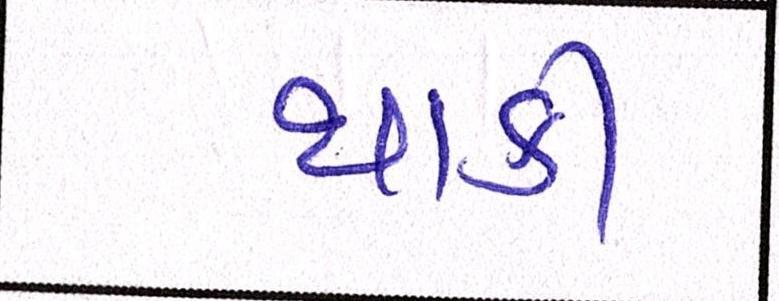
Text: થાકી